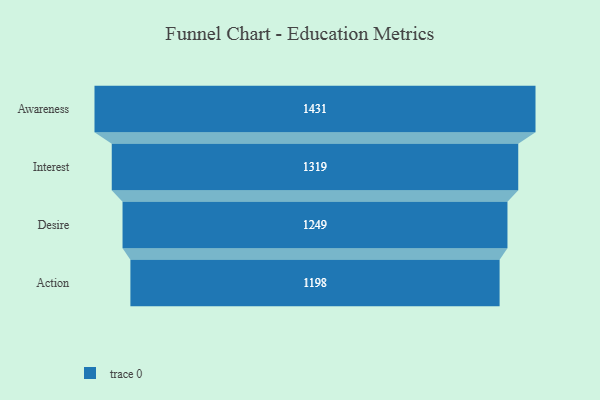
{"axis": {"x": "Stage", "y": "Value"}, "legend": [""], "data": [{"x": "Awareness", "y": 1431.0, "type": ""}, {"x": "Interest", "y": 1319.0, "type": ""}, {"x": "Desire", "y": 1249.0, "type": ""}, {"x": "Action", "y": 1198.0, "type": ""}]}